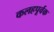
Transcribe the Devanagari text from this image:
कलहपूर्वक